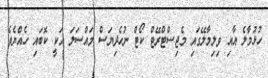
ހުޅުމާލެ އާއި ވިލިމާލޭގައި މެޖިސްޓްރޭޓް ކޯޓް ނުހެދިޔަސް މައްސަލަ އަކީ ކޮބައި ހެއްޔެވެ